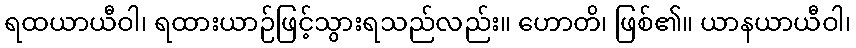
ရထယာယီဝါ၊ ရထားယာဉ်ဖြင့်သွားရသည်လည်း။ ဟောတိ၊ ဖြစ်၏။ ယာနယာယီဝါ၊